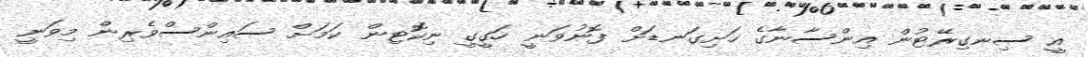
އީ ސިނގިރޭޓުން އިންސާނާގެ ހަށިގަނޑަށް ފޮނުވަނީ ހަގީގީ ނިކޮޓިން ކަމަށް ސައިންސްވެރިން މިވަނީ